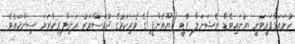
ހުށައަޅާފައިވަނީ ޔުނައިޓެޑް ނެޝަނަލް ޕާޓީ (ޔޫއެންޕީ)ގެ ވެރިކަމުގެ ދުވަސްވަރު ރަނިލް ވިކްރަމަ ސިންހައެވެ.